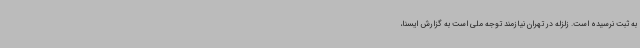
به ثبت نرسیده است. زلزله در تهران نیازمند توجه ملی است به گزارش ایسنا،